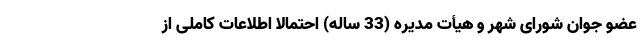
عضو جوان شورای شهر و هیأت مدیره (33 ساله) احتمالا اطلاعات کاملی از